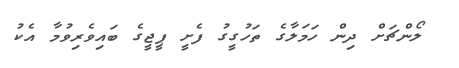
ލޯންޗަށް ދިން ހަމަލާގެ ތަހުގީގު ފެށީ ޕީޖީގެ ބައިވެރިވުމާ އެކު